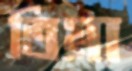
তিগ্গা